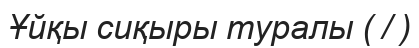
Ұйқы сиқыры туралы ( / )